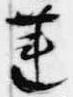
蓮